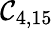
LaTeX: \mathcal{C}_{4,15}